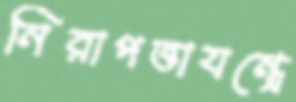
নিরাপত্তাযন্ত্রে